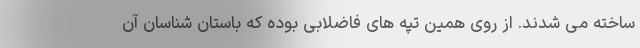
ساخته می شدند. از روی همین تپه های فاضلابی بوده که باستان شناسان آن